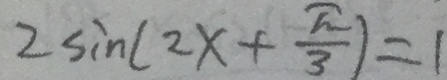
2 \sin ( 2 x + \frac { \pi } { 3 } ) = 1